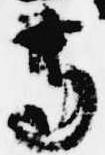
寺